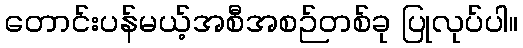
တောင်းပန်မယ့်အစီအစဉ်တစ်ခု ပြုလုပ်ပါ။